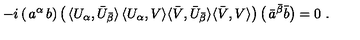
- i \left( \begin{matrix} { a ^ { \alpha } } & { b } \\ \end{matrix} \right) \left( \begin{matrix} { \langle U _ { \alpha } , \bar { U } _ { \bar { \beta } } \rangle } & { \langle U _ { \alpha } , V \rangle } \\ { \langle \bar { V } , \bar { U } _ { \bar { \beta } } \rangle } & { \langle \bar { V } , V \rangle } \\ \end{matrix} \right) \left( \begin{matrix} { \bar { a } ^ { \bar { \beta } } } \\ { \bar { b } } \\ \end{matrix} \right) = 0 \ .